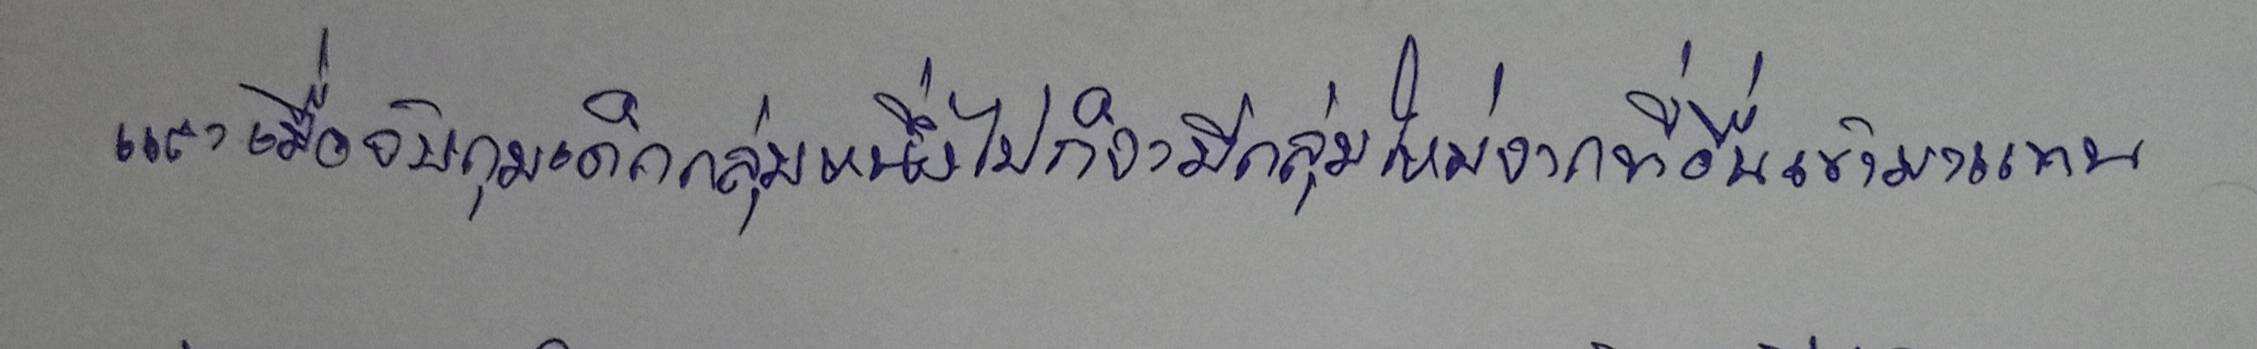
และเมื่อจับกุมเด็กกลุ่มหนึ่งไปก็จะมีกลุ่มใหม่จากที่อื่นเข้ามาแทน